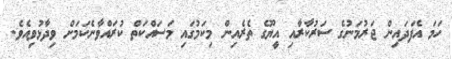
ހަމަ އެފަދައިން ޖަރުމަނުގެ ސަރުކާރާއި އީޔޫގެ ތެރެއިން މިކަމުގައި މަސައްކަތް ކުރައްވާނެކަމަށް ވިދާޅުވިއެވެ.